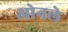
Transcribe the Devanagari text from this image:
ओनले